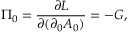
\Pi _ { 0 } = \frac { \partial { \cal { L } } } { \partial ( \partial _ { 0 } A _ { 0 } ) } = - G ,